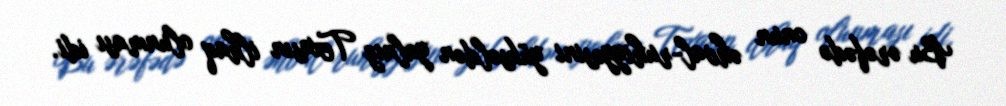
Bu ərəfədə onun əhval-ruhiyyəsini yüksəldən yalnız Texasın ilhaq olunması idi.